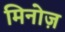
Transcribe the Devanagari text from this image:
मिनोज़